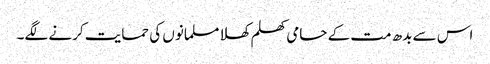
اس سے بدھ مت کے حامی کھلم کھلا مسلمانوں کی حمایت کرنے لگے۔